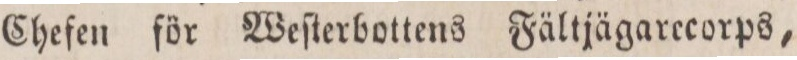
Chefen för Weſterbottens Fältjägarecorps,